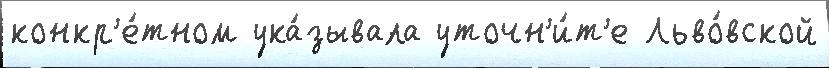
конкр'е́тном ука́зывала уточн'и́т'е Льво́вской